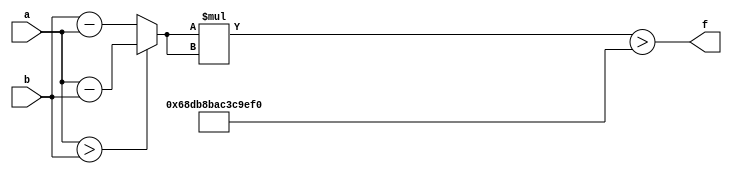
module maxse_mit(a, b, f);
parameter _bit = 34;
parameter maxse = 29514790514499312;
input [_bit - 1: 0] a;
input [_bit - 1: 0] b;
output f;
wire [_bit - 1: 0] diff;
wire [_bit * 2 - 1: 0] se;
assign diff = (a > b)? (a - b): (b - a);
assign se = diff * diff;
assign f = (se > maxse);
endmodule